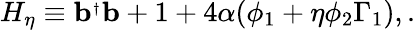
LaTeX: H_{\eta}\equiv{\mathbf b}^{_{\dagger}}{\mathbf b}+1+4\alpha(\phi_{1}+\eta\phi_{2}\Gamma_{1}),.